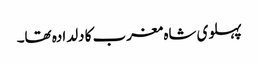
پہلوی شاہ مغرب کا دلدادہ تھا۔